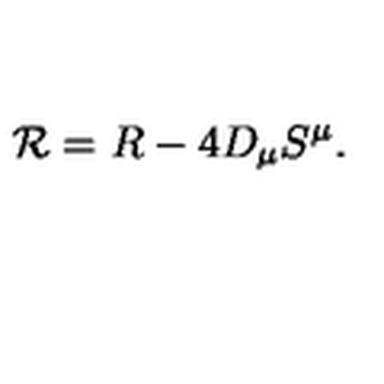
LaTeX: { \cal R } = R - 4 { D } _ { \mu } S ^ { \mu } .